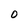
Character: 0